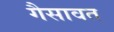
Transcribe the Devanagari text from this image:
गैसावत